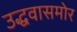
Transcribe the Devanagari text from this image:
उद्धवासमोर